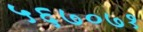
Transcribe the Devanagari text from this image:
५६७०७१